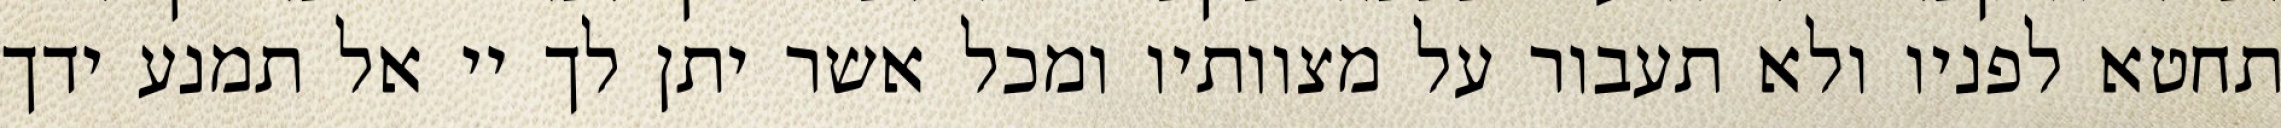
תחטא לפניו ולא תעבור על מצוותיו ומכל אשר יתן לך יי אל תמנע ידך